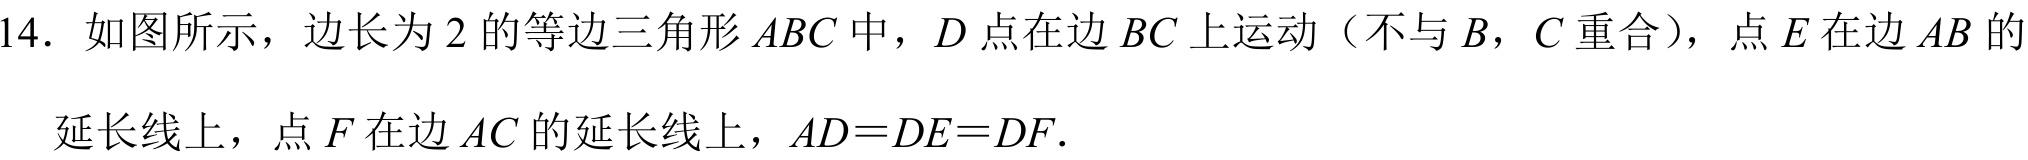
14. 如图所示，边长为\(2\)的等边三角形\(ABC\)中，\(D\)点在边\(BC\)上运动（不与\(B\)，\(C\)重合），点\(E\)在边\(AB\)的延长线上，点\(F\)在边\(AC\)的延长线上，\(AD = DE = DF\).